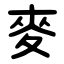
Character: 麥